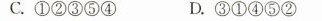
C.①②③⑤④ D.③①④⑤②